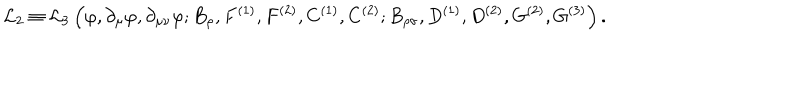
LaTeX: { \cal L } _ { 2 } \equiv { \cal L } _ { 3 } \left( \varphi , \partial _ { \mu } \varphi , \partial _ { \mu \nu } \varphi ; B _ { \rho } , F ^ { ( 1 ) } , F ^ { ( 2 ) } , C ^ { ( 1 ) } , C ^ { ( 2 ) } ; B _ { \rho \sigma } , D ^ { ( 1 ) } , D ^ { ( 2 ) } , G ^ { ( 2 ) } , G ^ { ( 3 ) } \right) .